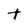
Character: t